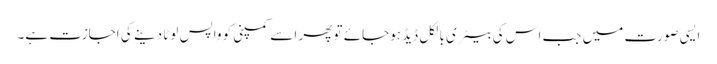
ایسی صورت میں جب اس کی بیٹری بالکل ڈیڈ ہوجائے تو پھر اسے کمپنی کو واپس لوٹا دینے کی اجازت ہے۔